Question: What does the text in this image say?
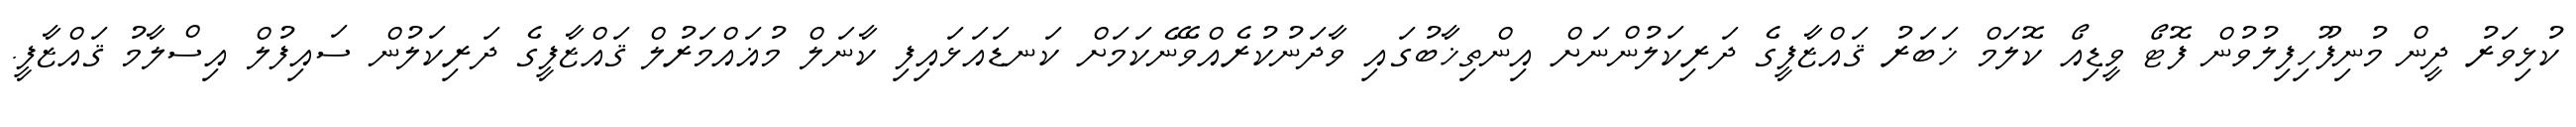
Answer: ކުޅިވަރު ދީން މުނިފޫހިފިލުވުން ފޮޓޯ ވީޑިއޯ ކޮލަމް ޚަބަރު ޤައްޒާފީގެ ދަރިކަލުންނަށް އިންތިޚާބުގައި ވާދަނުކުރެއްވޭނެކަމަށް ކަނޑައަޅައިފި ކާނަލް މުޣައްމަރުލް ޤައްޒާފީގެ ދަރިކަލުން ސައިފުލް އިސްލާމު ޤައްޒާފީ.